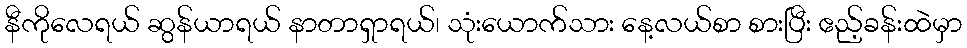
နီကိုလေရယ် ဆွန်ယာရယ် နာတာရှာရယ်၊ သုံးယောက်သား နေ့လယ်စာ စားပြီး ဧည့်ခန်းထဲမှာ